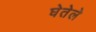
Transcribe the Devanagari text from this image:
घेतेले